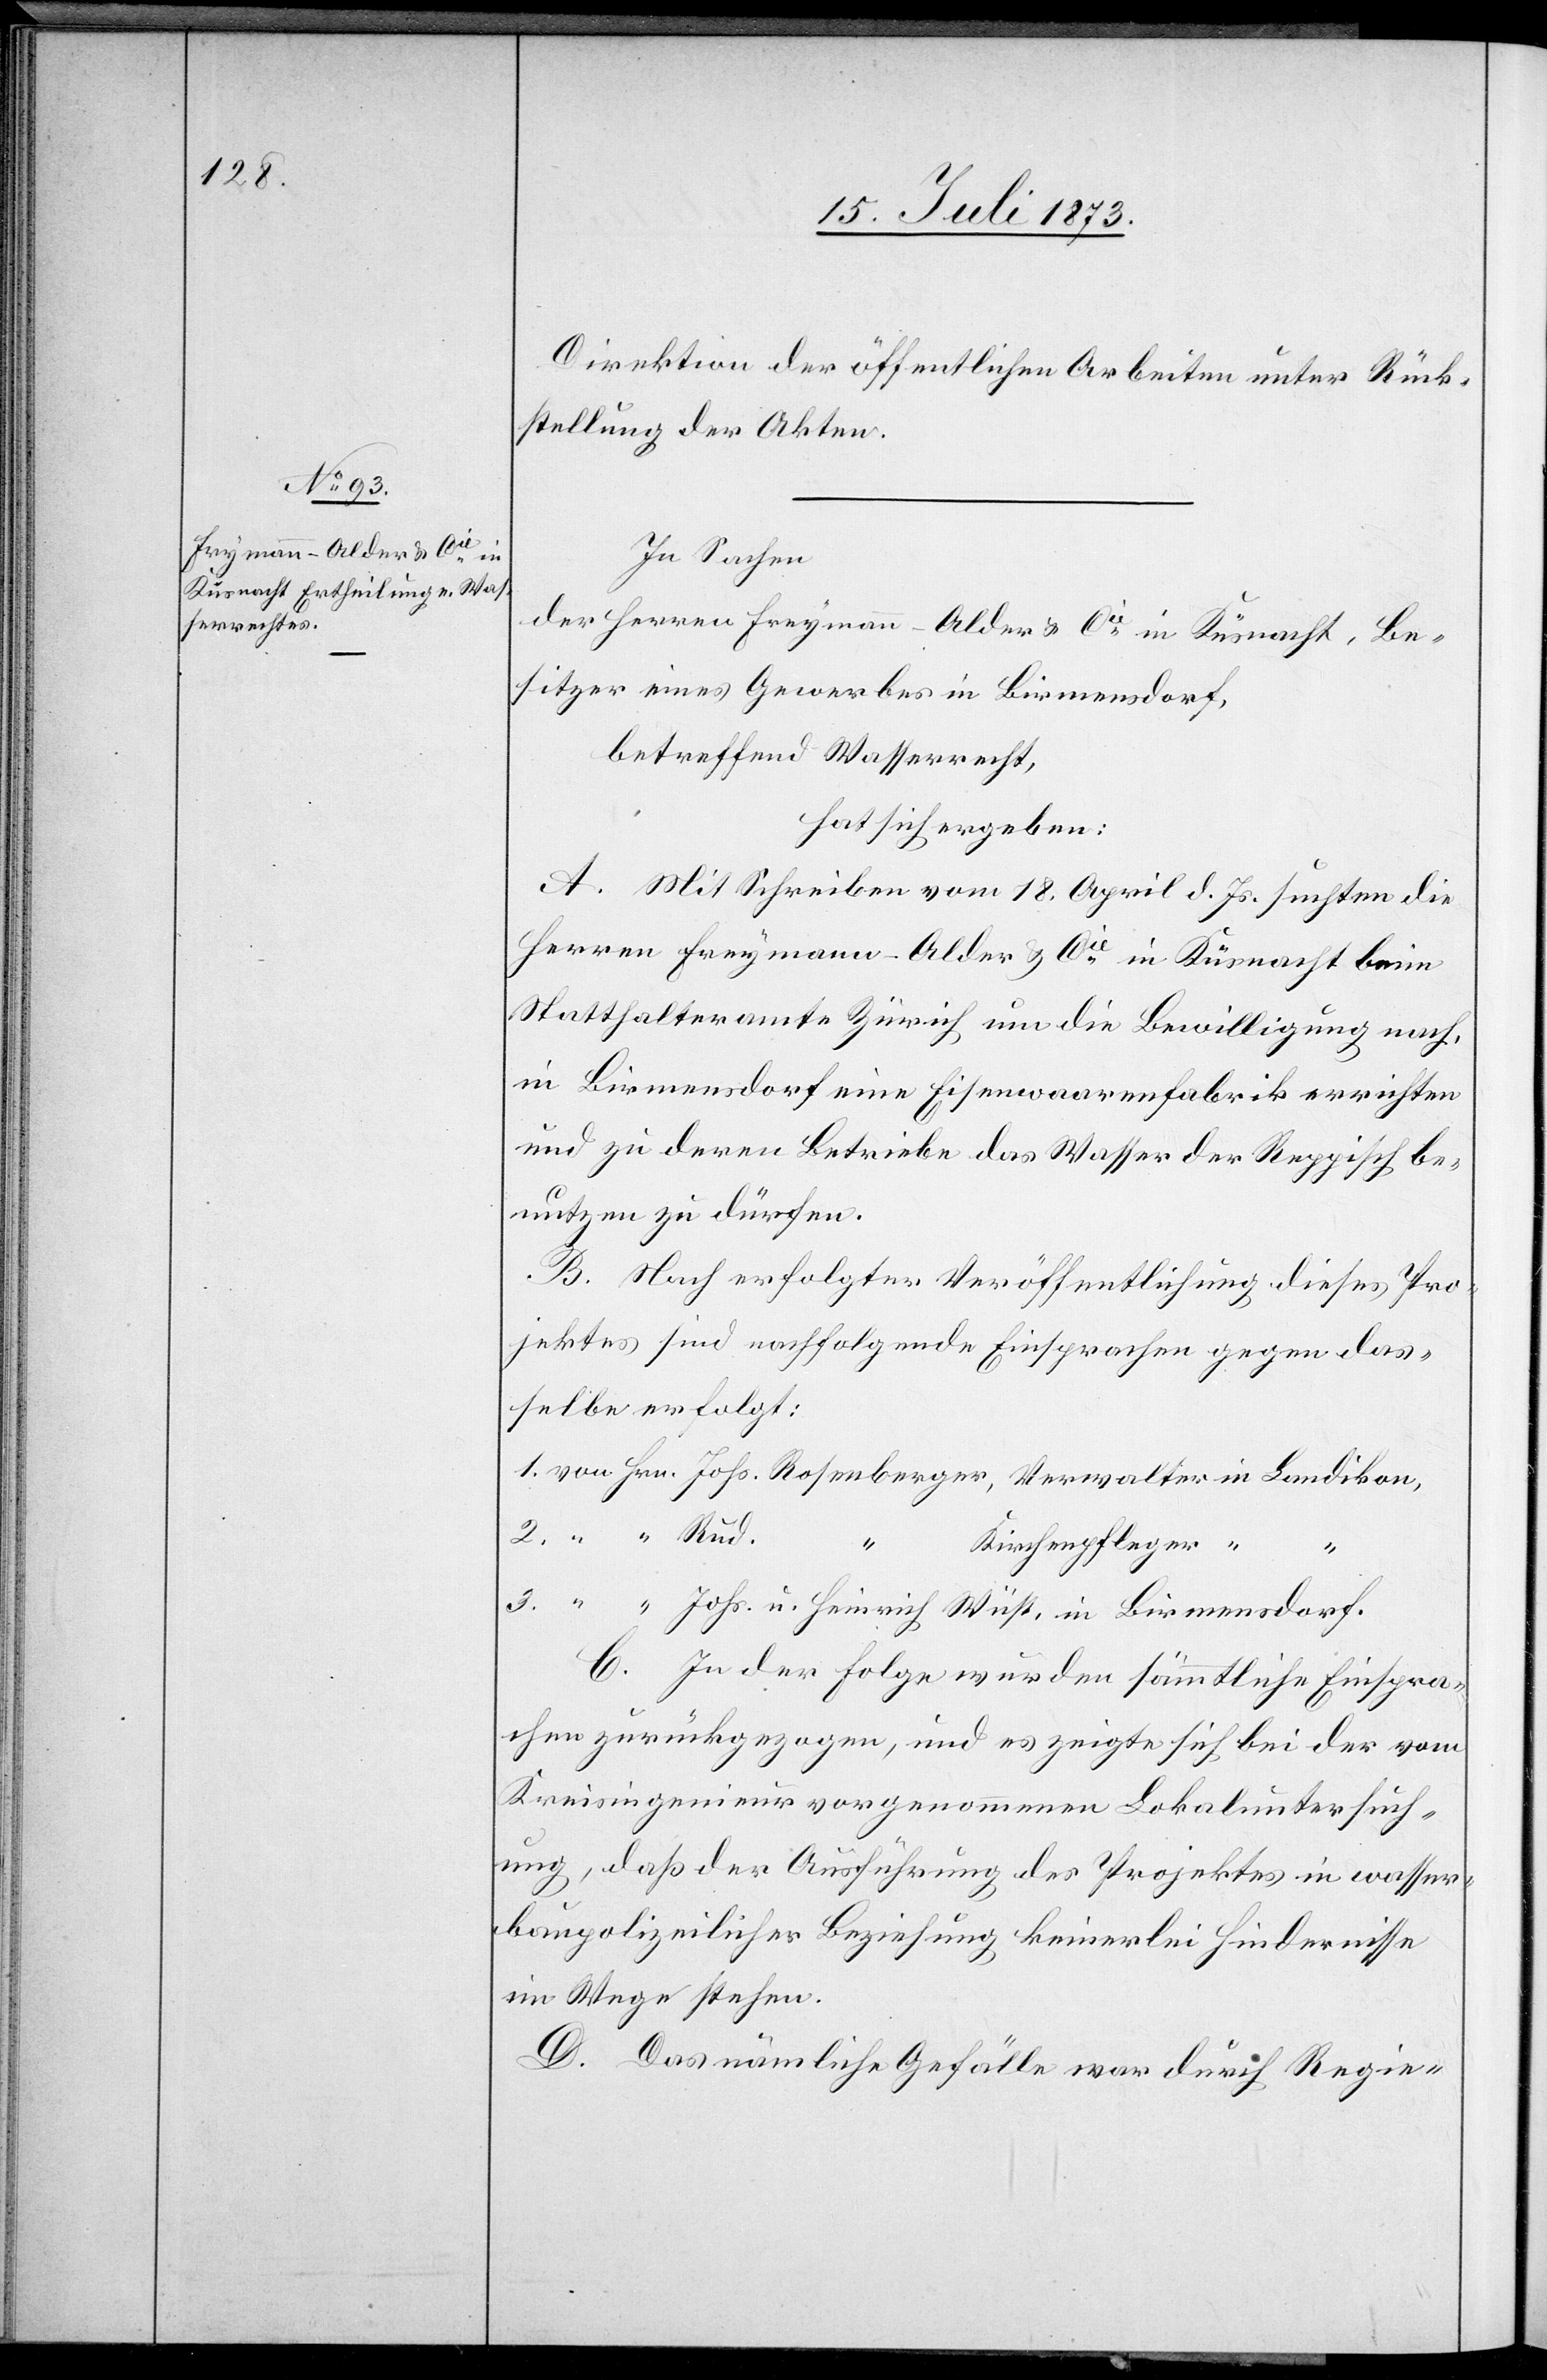
Direktion der öffentlichen Arbeiten unter Rück¬
stellung der Akten.
In Sachen
der Herren Freymann-Alder [sic!] & Cie in Küsnacht, Be¬
sitzer eines Gewerbes in Birmensdorf,
betreffend Wasserrecht,
hat sich ergeben:
A. Mit Schreiben vom 18. April d. Js. suchten die
Herren Freymann-Alder & Cie in Küsnacht beim
Statthalteramte Zürich um die Bewilligung nach,
in Birmensdorf eine Eisenwarenfabrik errichten
und zu deren Betriebe das Wasser der Reppisch be¬
nutzen zu dürfen.
B. Nach erfolgter Veröffentlichung dieses Pro¬
jektes sind nachfolgende Einsprachen gegen das¬
selbe erfolgt:
Kirchenpfleger
3.
u.
C. In der Folge wurden sämmtliche Einspra¬
chen zurückgezogen, und es zeigte sich bei der vom
Kreisingenieur vorgenommenen Lokaluntersuch¬
ung, daß der Ausführung des Projektes in wasser¬
baupolizeilicher Beziehung keinerlei Hindernisse
im Wege stehen.
D. Das nämliche Gefälle war durch Regie-